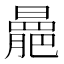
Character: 𣋍